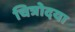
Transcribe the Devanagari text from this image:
चित्रोदया